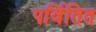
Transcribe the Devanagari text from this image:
पर्वितित